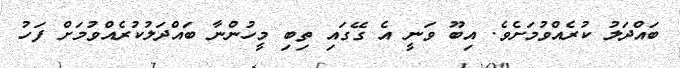
ބައްދަލު ކުރެއްވުމަށެވެ. އިބޫ ވަނީ އެ ގޭގައި ތިބި މީހުންނާ ބައްދަލުކުރެއްވުމަށް ފަހު